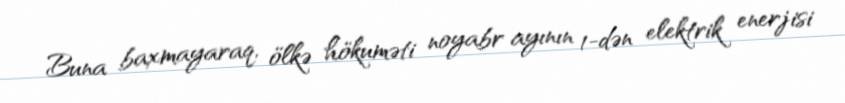
Buna baxmayaraq, ölkə hökuməti noyabr ayının 1-dən elektrik enerjisi